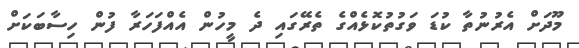
މޫދަށް އެރުނުތާ ކުޑަ ވަގުތުކޮޅެއްގެ ތެރޭގައި ދެ މީހުން އެއްފަހަރާ ފުން ހިސާބަކަށް